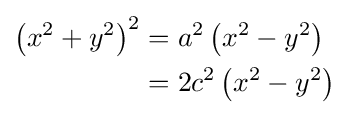
{\begin{aligned}\left(x^{2}+y^{2}\right)^{2}&=a^{2}\left(x^{2}-y^{2}\right)\\&=2c^{2}\left(x^{2}-y^{2}\right)\end{aligned}}